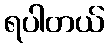
ရပါတယ်